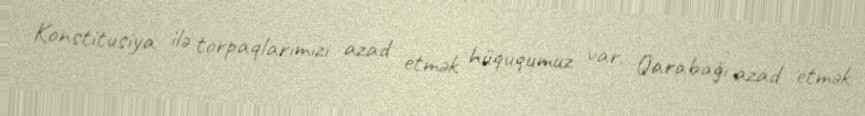
Konstitusiya ilə torpaqlarımızı azad etmək hüququmuz var, Qarabağı azad etmək